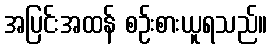
အပြင်းအထန် စဉ်းစားယူရသည်။